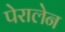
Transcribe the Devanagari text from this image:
पेरालेन